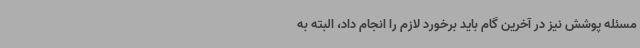
مسئله پوشش نیز در آخرین گام باید برخورد لازم را انجام داد، البته به